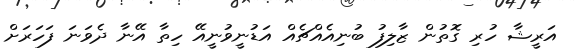
އަރީޝާ ހުރި ގޮތުން ޒާލިފު ބުނިއެއްޗެއް އަޑުނީވުނީއޭ ހިތާ އޭނާ ދެވަނަ ފަހަރަށް